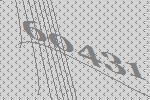
60431